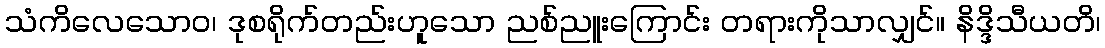
သံကိလေသောဝ၊ ဒုစရိုက်တည်းဟူသော ညစ်ညူးကြောင်း တရားကိုသာလျှင်။ နိဒ္ဒိသီယတိ၊